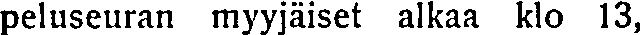
peluseuran myyjäiset alkaa klo 13,